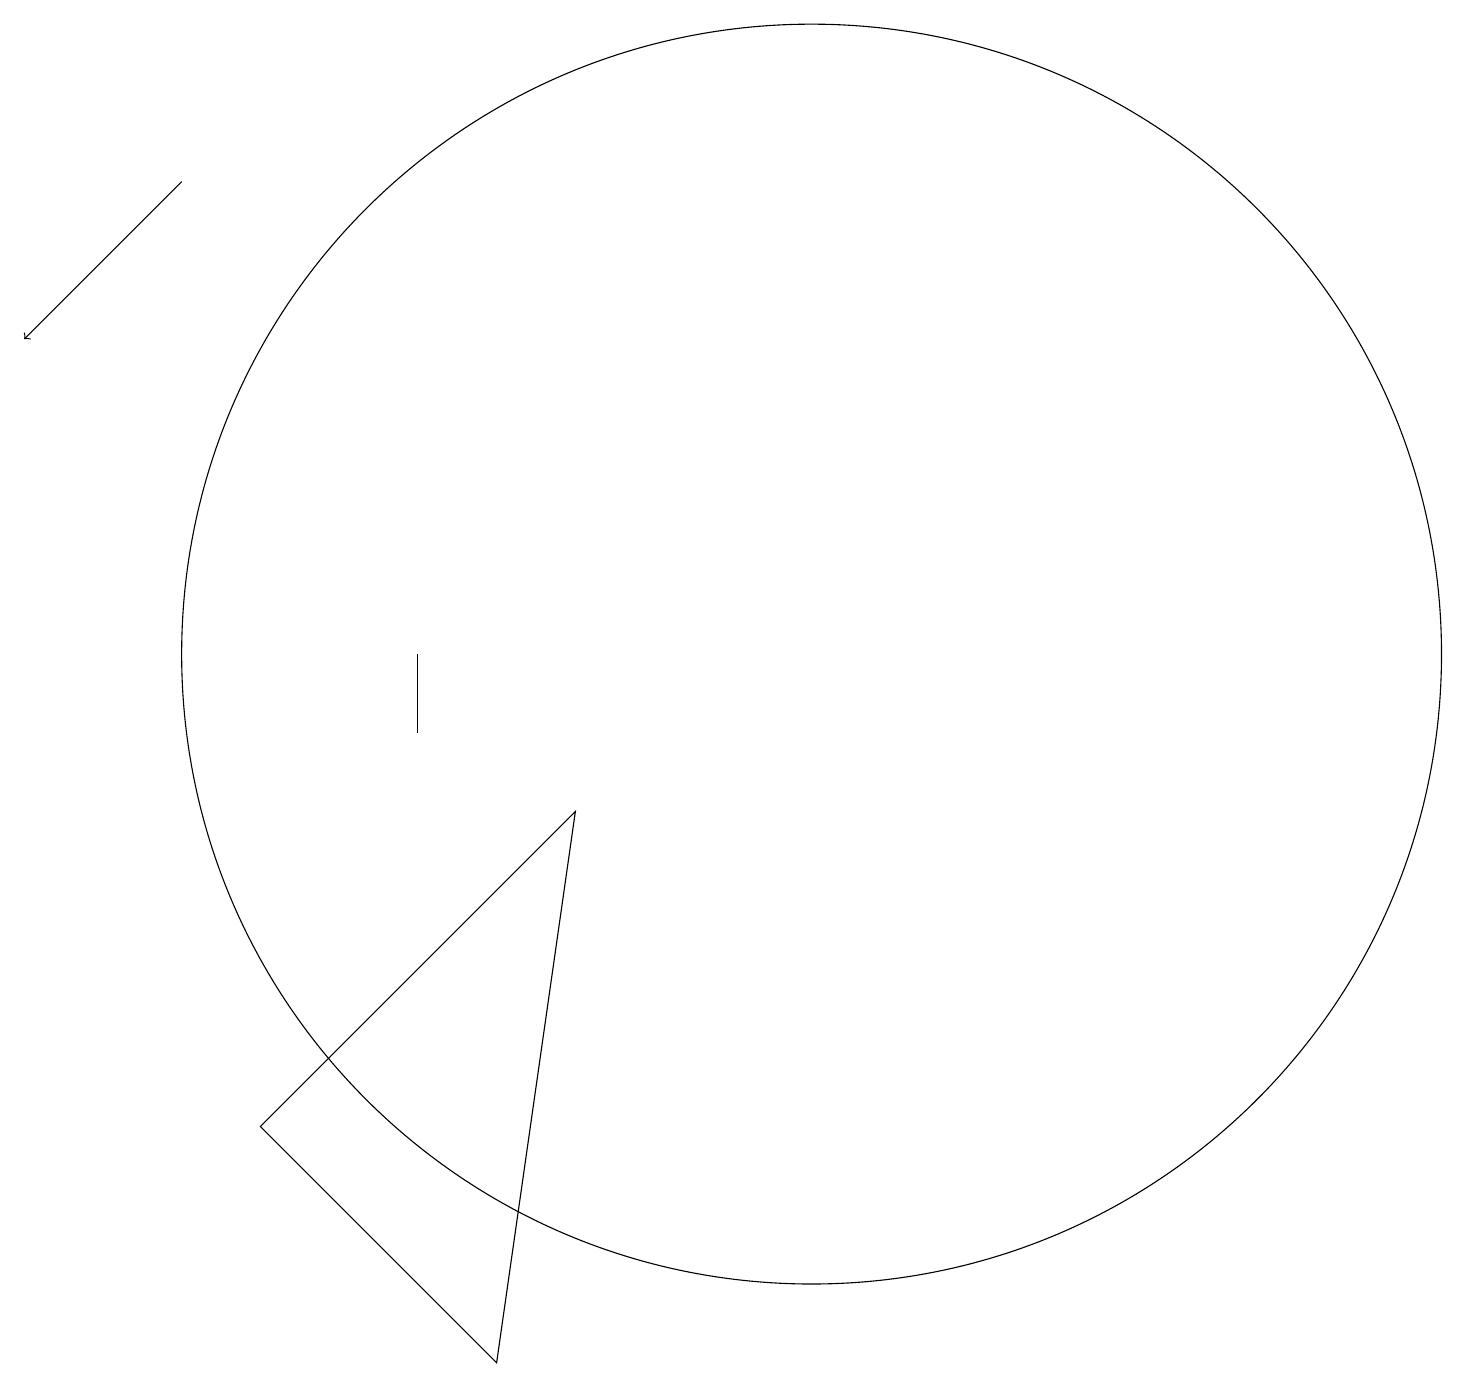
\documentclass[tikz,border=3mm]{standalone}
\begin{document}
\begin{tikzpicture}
\draw[->] (4,17) -- (2,15);
\draw (9,9) -- (8,2) -- (5,5) -- cycle;
\draw (12,11) circle (8);
\draw (7,10) rectangle (7,11);
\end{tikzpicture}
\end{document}